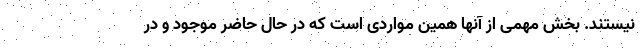
نیستند. بخش مهمی از آنها همین مواردی است که در حال حاضر موجود و در